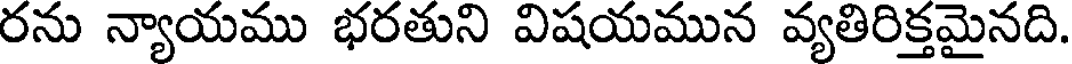
రను న్యాయము భరతుని విషయమున వ్యతిరిక్తమైనది.